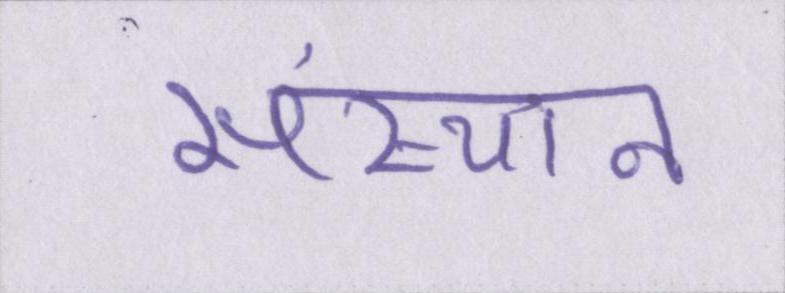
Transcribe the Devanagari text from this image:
संस्थान